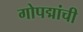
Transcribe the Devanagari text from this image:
गोपद्मांची